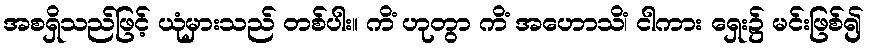
အစရှိသည်ဖြင့် ယုံမှားသည် တစ်ပါး။ ကိံ ဟုတွာ ကိံ အဟောသိံ၊ ငါကား ရှေး၌ မင်းဖြစ်၍